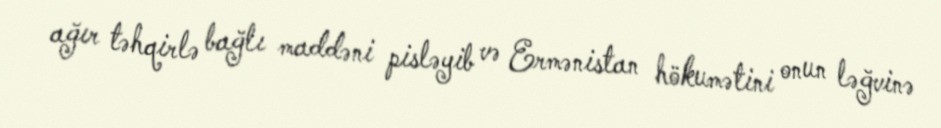
ağır təhqirlə bağlı maddəni pisləyib və Ermənistan hökumətini onun ləğvinə